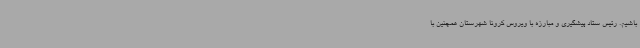
باشیم. رئیس ستاد پیشگیری و مبارزه با ویروس کرونا شهرستان همچنین با